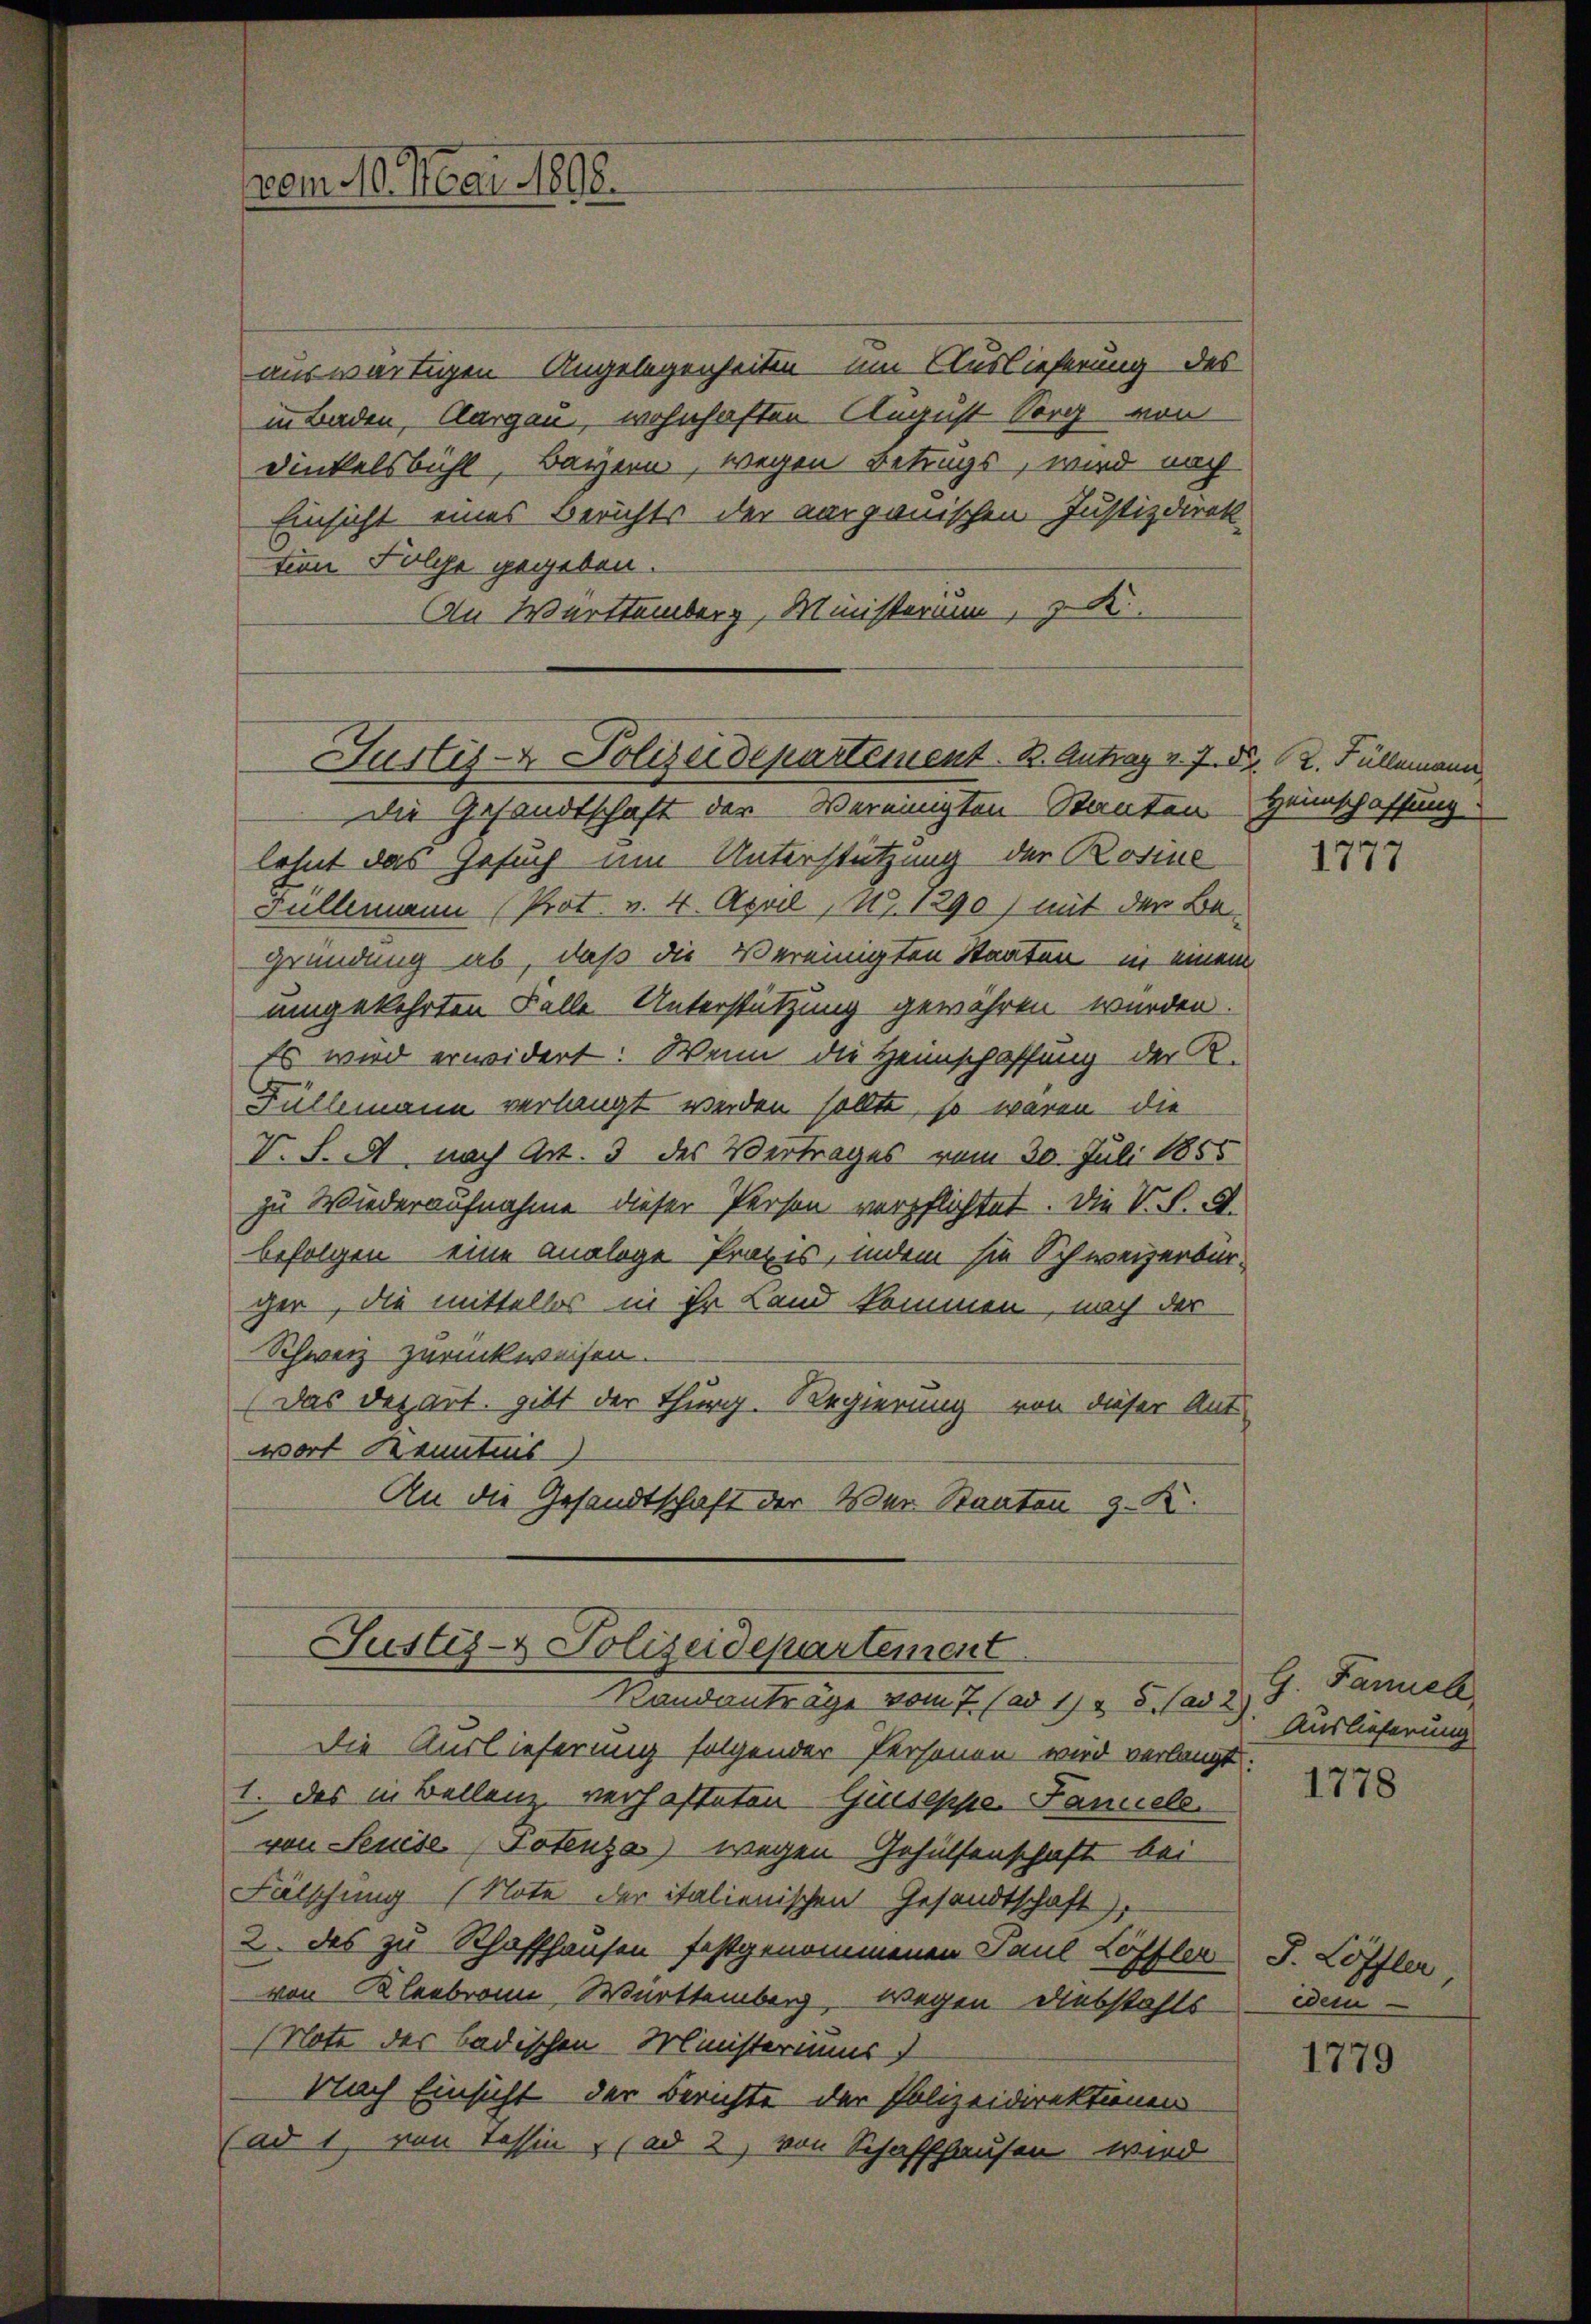
vom 10. Mai 1898.

auswärtigen Angelegenheiten um Auslieferung des
in Baden, Aargau, wohnhaften August Sorg von
Dinkelsbühl, Bayern, wegen Betrags, wird nach
Einsicht eines Berichts der aargauischen Justizdirek
tion Folge gegeben.
An Württemberg, Ministerium, d

Justiz- & Polizeidepartement. B. Antrag v. 7. 5. 12. Füllemann

Justiz- & Polizeidepartement
Randanträge vom 7. (ad 11 & 5 (ad 2)

Die Auslieferung folgender Personen wird verlangt
1. Das in Bellenz verhafteten Geiseppe Faniele.
von Seuise Totenza) wegen Gehülfenschaft bei
Fälschung (Note der italienischen Gesandtschaft
2. des zu Rhaffhausen festgenommenen Paul Löffler J. Löffler,
von Kleebrann Württemberg, Wegen Diebstahls
(Note der badischen Ministeriums
Nach Einsicht der Berichte der Polizeidirektionen
(ad 1, von Tessin, (ad 2, von Schaffhausen wird

Die Gesandtschaft der Vereinigten Stanten Heimschaffung
lohnt das Gesuch um Unterstützung der Rosine
Füllemann (Prot. v. 4. April 187. 1290) mit der Be
Gründung ab, daß die Vereinigten Staaten in einem
umgekehrten Falle Unterstützung gewähren wurden.
Es wird erwidert: Wenn die Heimschaffung der R.
Füllemann verlangt werden sollte, so waren die
V. S. M. nach Art. 3 des Vertrages vom 30. Juli 1855
zu Wiederaufnahme dieser Person verpflichtet. Die V. P. G.
befolgen eine analoge Praxis, indem sie Schweizerbür-
ger, die mittellos in ihr Land kommen, nach der
Schweiz zurückweisen.
(Das Depart. gibt der Thurg. Regierung von dieser Ant-
wort Kenntnis-
An die Gesandtschaft der Wer Staaten z. K.

1777

G. Januel.
Auslieferung

1778

edem

1779